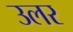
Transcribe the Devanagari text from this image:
उलर